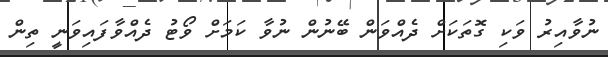
ނުވާއިރު ވަކި ގޮތަކަށް ދެއްވަން ބޭނުން ނުވާ ކަމަށް ވޯޓު ދެއްވާފައިވަނީ ތިން